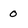
Character: 0